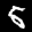
Label: 5